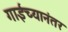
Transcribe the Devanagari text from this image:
गाईंच्यानंतर